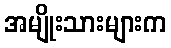
အမျိုးသားများက